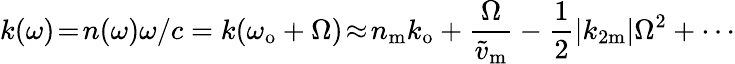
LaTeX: k(\omega)\! =\! n(\omega)\omega/c=k(\omega_{\mathrm{o}}+\Omega)\! \approx\! n_{\mathrm{m}}k_{\mathrm{o}}+\frac{\Omega}{\widetilde{v}_{\mathrm{m}}}-\frac{1}{2}|k_{2\mathrm{m}}|\Omega^{2}+\cdots